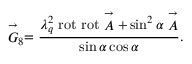
\stackrel { \rightarrow } { G } _ { 8 } = \frac { \lambda _ { q } ^ { 2 } ~ \mathrm { r o t } ~ \mathrm { r o t } \stackrel { \rightarrow } { A } + \sin ^ { 2 } \alpha \stackrel { \rightarrow } { A } } { \sin \alpha \cos \alpha } .